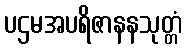
ပဌမအပရိဇာနနသုတ္တံ